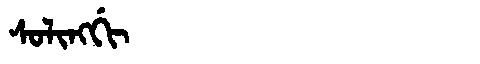
Manchu: ᠰᠣᠯᡳᠩᡤᡳ
Romanization: SOLINGGI